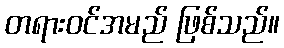
တရားဝင်အမည် ဖြစ်သည်။